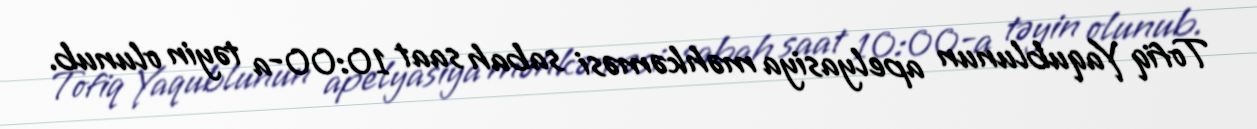
Tofiq Yaqublunun apelyasiya məhkəməsi sabah saat 10:00-a təyin olunub.